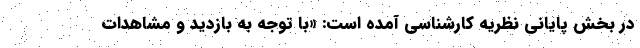
در بخش پایانی نظریه کارشناسی آمده است: «با توجه به بازدید و مشاهدات